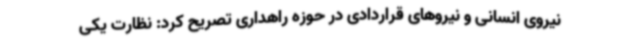
نیروی انسانی و نیروهای قراردادی در حوزه راهداری تصریح کرد: نظارت یکی